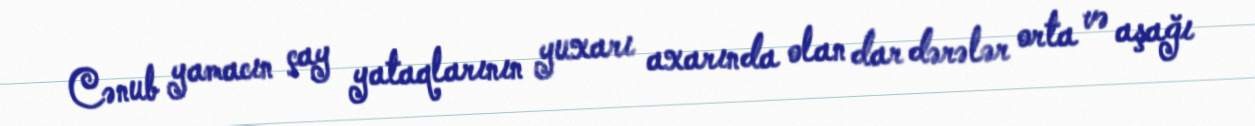
Cənub yamacın çay yataqlarının yuxarı axarında olan dar dərələr orta və aşağı